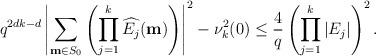
LaTeX: \begin{align*} q^{2dk-d} \left| \sum_{{\bf m}\in S_0}\left(\prod_{j=1}^k \widehat{E_j}({\bf m})\right)\right|^2 -\nu^2_k(0) \le \frac{4}{q} \left( \prod_{j=1}^k |E_j|\right)^2.\end{align*}